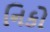
નિકો